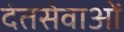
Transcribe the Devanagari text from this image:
दंतसेवाओं